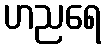
ဟညရေ